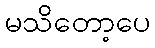
မသိတော့ပေ